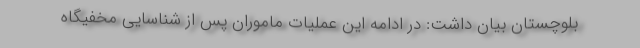
بلوچستان بیان داشت: در ادامه این عملیات ماموران پس از شناسایی مخفیگاه